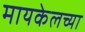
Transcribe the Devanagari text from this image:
मायकेलच्या